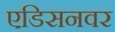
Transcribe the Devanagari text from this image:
एडिसनवर